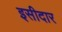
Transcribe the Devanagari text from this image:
इसीदार